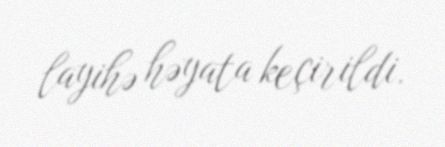
layihə həyata keçirildi.